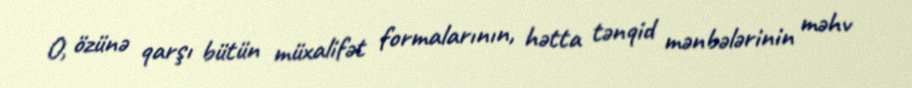
O, özünə qarşı bütün müxalifət formalarının, hətta tənqid mənbələrinin məhv